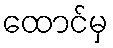
ထောင်မှ